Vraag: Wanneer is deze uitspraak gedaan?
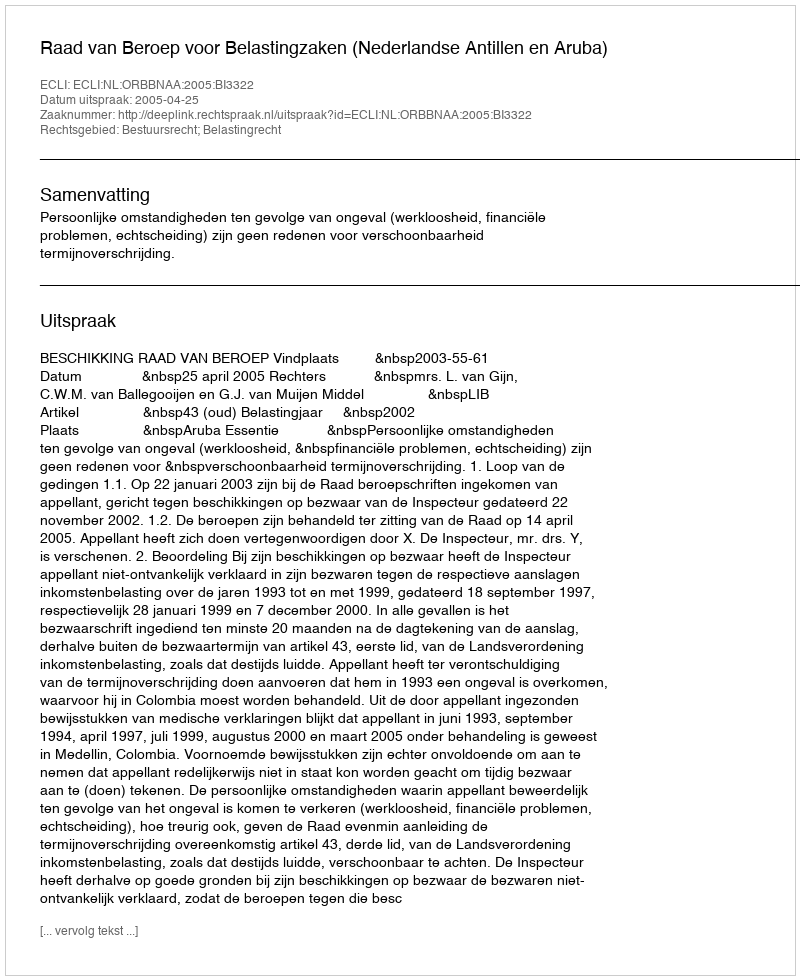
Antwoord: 2005-04-25